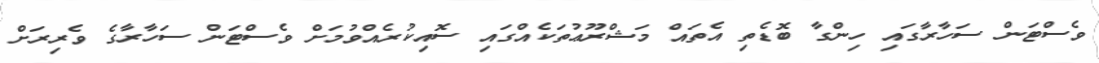
ވެސްޓަން ސަހާރާގައި ހިންގާ ބޮޑެތި އެތައް މަޝްރޫޢުތަކެއްގައި ސޮއިކުރެއްވުމަށް ވެސްޓަން ސަހާރާގެ ވެރިރަށް